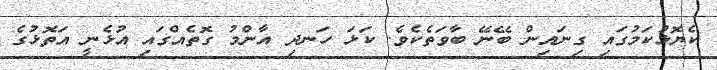
ކެޔޮޅުކަމުގައި ގިނައިން ބޭނޭ ބާވަތެކެވެ. ކަޅަ ހަނދި އާންމު ގޮތެއްގައި އުޅެނީ އަތޮޅުގެ